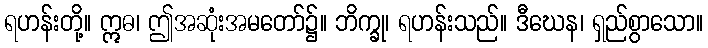
ရဟန်းတို့။ ဣဓ၊ ဤအဆုံးအမတော်၌။ ဘိက္ခု၊ ရဟန်းသည်။ ဒီဃေန၊ ရှည်စွာသော။